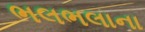
ભલભલાના